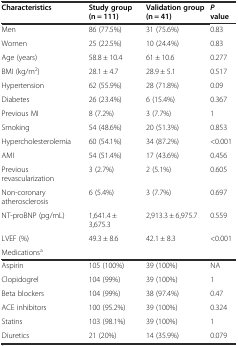
<table><thead><tr><td><b>Characteristics</b></td><td><b>Study group (n = 111)</b></td><td><b>Validation group (n = 41)</b></td><td><b><i>P</i>value</b></td></tr></thead><tbody><tr><td>Men</td><td>86 (77.5%)</td><td>31 (75.6%)</td><td>0.83</td></tr><tr><td>Women</td><td>25 (22.5%)</td><td>10 (24.4%)</td><td>0.83</td></tr><tr><td>Age (years)</td><td>58.8 ± 10.4</td><td>61 ± 10.6</td><td>0.277</td></tr><tr><td>BMI (kg/m<sup>2</sup>)</td><td>28.1 ± 4.7</td><td>28.9 ± 5.1</td><td>0.517</td></tr><tr><td>Hypertension</td><td>62 (55.9%)</td><td>28 (71.8%)</td><td>0.09</td></tr><tr><td>Diabetes</td><td>26 (23.4%)</td><td>6 (15.4%)</td><td>0.367</td></tr><tr><td>Previous MI</td><td>8 (7.2%)</td><td>3 (7.7%)</td><td>1</td></tr><tr><td>Smoking</td><td>54 (48.6%)</td><td>20 (51.3%)</td><td>0.853</td></tr><tr><td>Hypercholesterolemia</td><td>60 (54.1%)</td><td>34 (87.2%)</td><td>&lt;0.001</td></tr><tr><td>AMI</td><td>54 (51.4%)</td><td>17 (43.6%)</td><td>0.456</td></tr><tr><td>Previous revascularization</td><td>3 (2.7%)</td><td>2 (5.1%)</td><td>0.605</td></tr><tr><td>Non-coronary atherosclerosis</td><td>6 (5.4%)</td><td>3 (7.7%)</td><td>0.697</td></tr><tr><td>NT-proBNP (pg/mL)</td><td>1,641.4 ± 3,675.3</td><td>2,913.3 ± 6,975.7</td><td>0.559</td></tr><tr><td>LVEF (%)</td><td>49.3 ± 8.6</td><td>42.1 ± 8.3</td><td>&lt;0.001</td></tr><tr><td colspan="4">Medications<sup>a</sup></td></tr><tr><td>Aspirin</td><td>105 (100%)</td><td>39 (100%)</td><td>NA</td></tr><tr><td>Clopidogrel</td><td>104 (99%)</td><td>39 (100%)</td><td>1</td></tr><tr><td>Beta blockers</td><td>104 (99%)</td><td>38 (97.4%)</td><td>0.47</td></tr><tr><td>ACE inhibitors</td><td>100 (95.2%)</td><td>39 (100%)</td><td>0.324</td></tr><tr><td>Statins</td><td>103 (98.1%)</td><td>39 (100%)</td><td>1</td></tr><tr><td>Diuretics</td><td>21 (20%)</td><td>14 (35.9%)</td><td>0.079</td></tr></tbody></table>